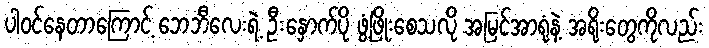
ပါဝင်နေတာကြောင့် ဘေဘီလေးရဲ့ ဦးနှောက်ပို ဖွံ့ဖြိုးစေသလို အမြင်အာရုံနဲ့ အရိုးတွေကိုလည်း